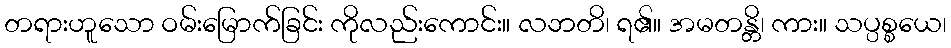
တရားဟူသော ဝမ်းမြောက်ခြင်း ကိုလည်းကောင်း။ လဘတိ၊ ရ၏။ အမတန္တိ၊ ကား။ သပ္ပစ္စယေ၊